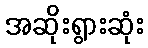
အဆိုးရွားဆုံး